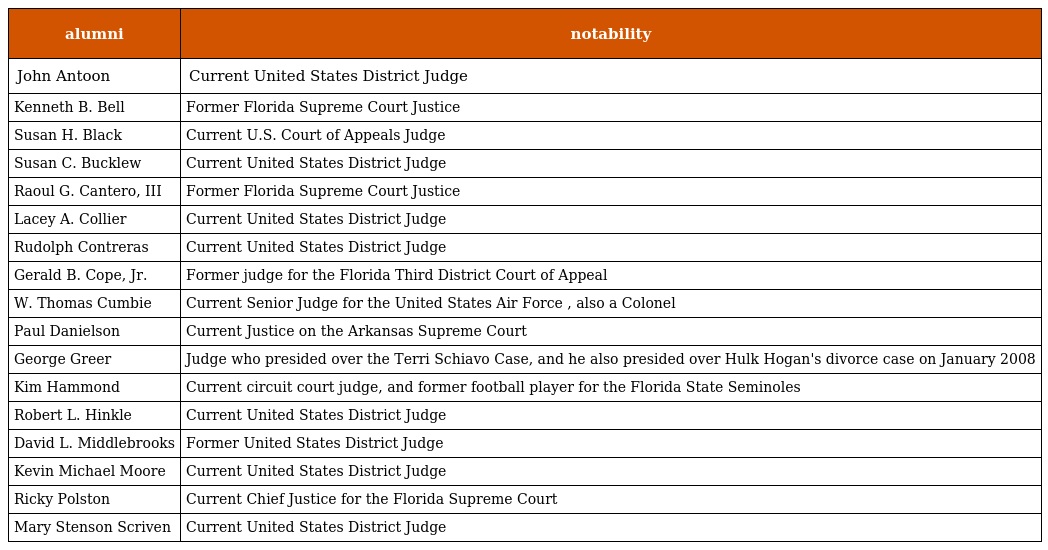
| alumni | notability |
 | --- | --- |
 | John Antoon | Current United States District Judge |
 | Kenneth B. Bell | Former Florida Supreme Court Justice |
 | Susan H. Black | Current U.S. Court of Appeals Judge |
 | Susan C. Bucklew | Current United States District Judge |
 | Raoul G. Cantero, III | Former Florida Supreme Court Justice |
 | Lacey A. Collier | Current United States District Judge |
 | Rudolph Contreras | Current United States District Judge |
 | Gerald B. Cope, Jr. | Former judge for the Florida Third District Court of Appeal |
 | W. Thomas Cumbie | Current Senior Judge for the United States Air Force , also a Colonel |
 | Paul Danielson | Current Justice on the Arkansas Supreme Court |
 | George Greer | Judge who presided over the Terri Schiavo Case, and he also presided over Hulk Hogan's divorce case on January 2008 |
 | Kim Hammond | Current circuit court judge, and former football player for the Florida State Seminoles |
 | Robert L. Hinkle | Current United States District Judge |
 | David L. Middlebrooks | Former United States District Judge |
 | Kevin Michael Moore | Current United States District Judge |
 | Ricky Polston | Current Chief Justice for the Florida Supreme Court |
 | Mary Stenson Scriven | Current United States District Judge |